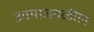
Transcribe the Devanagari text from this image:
उगमाजवळील